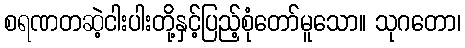
စရဏတဆဲ့ငါးပါးတို့နှင့်ပြည့်စုံတော်မူသော။ သုဂတော၊